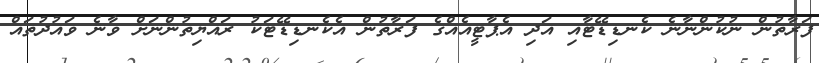
ފަރާތުން ނުކުންނާނެ ކެނޑިޑޭޓާއި އަދި އެޕާޓީއެއްގެ ފަރާތުން އެކެނޑިޑޭޓަކު ރައްޔިތުންނަށް ވާނެ ވައުދުތައް